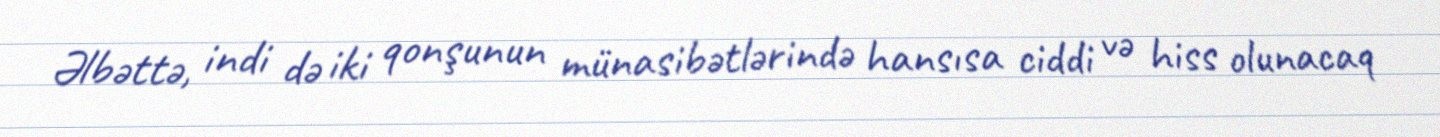
Əlbəttə, indi də iki qonşunun münasibətlərində hansısa ciddi və hiss olunacaq